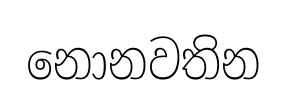
නොනවතින